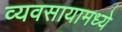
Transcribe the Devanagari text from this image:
व्यवसायामध्ये